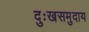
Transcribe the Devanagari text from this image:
दुःखसमुदाय